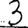
Digit: 3